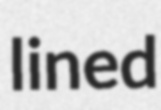
lined